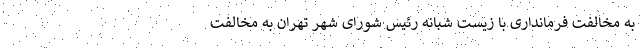
به مخالفت فرمانداری با زیست شبانه رئیس شورای شهر تهران به مخالفت